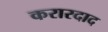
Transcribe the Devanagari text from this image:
करारदाद